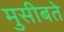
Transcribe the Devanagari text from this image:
मुसीबते